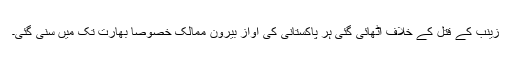
زینب کے قتل کے خلاف اٹھائی گئی ہر پاکستانی کی آواز بیرون ممالک خصوصاً بھارت تک میں سنی گئی۔